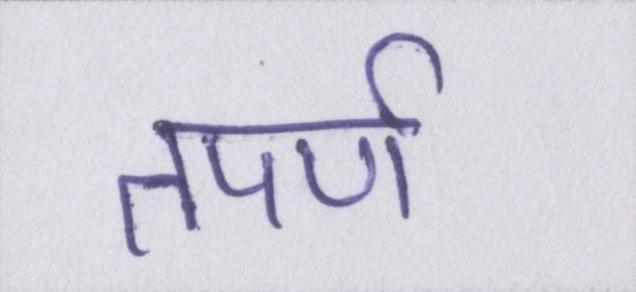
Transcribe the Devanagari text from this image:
तपर्ण